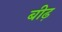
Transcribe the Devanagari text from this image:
बीढ़